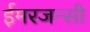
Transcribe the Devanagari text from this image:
ईमरजन्सी